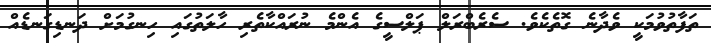
ތަފާތުވުމަކީ ވެދާނެ ގޮތެކެވެ. ސެރެބްރަލް ޕަލްސީގެ އެންމެ ނުރައްކާތެރި ހާލަތުގައި ހިނގުމަށް ދަނޑިގަނޑެއް